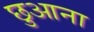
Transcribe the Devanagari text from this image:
छुआना